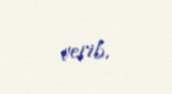
verib.